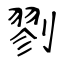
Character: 剹